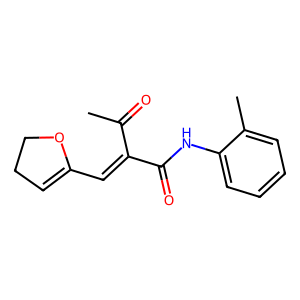
SMILES: CC(=O)C(=CC1=CCCO1)C(=O)Nc1ccccc1C
Inhibits HIV replication: No